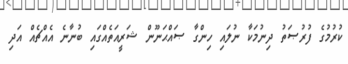
ކުރުމުގެ ފުރުޞަތު ދިނުމަކާ ނުލައި ހިންގާ ޞައްޙަނޫން ޝަރީއަތެއްގައި ބުނާނެ އެއްޗެއް އަދި